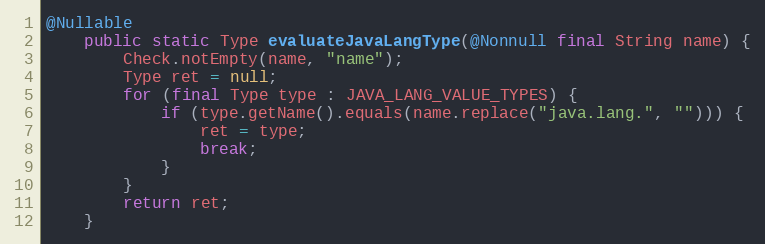
Language: Java
@Nullable
	public static Type evaluateJavaLangType(@Nonnull final String name) {
		Check.notEmpty(name, "name");
		Type ret = null;
		for (final Type type : JAVA_LANG_VALUE_TYPES) {
			if (type.getName().equals(name.replace("java.lang.", ""))) {
				ret = type;
				break;
			}
		}
		return ret;
	}